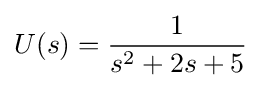
U(s)={\frac {1}{s^{2}+2s+5}}